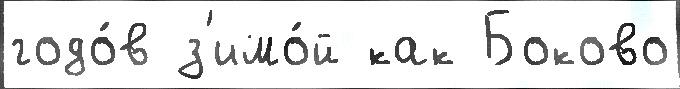
годо́в з'имо́й как Боково